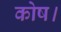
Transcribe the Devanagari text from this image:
कोष।